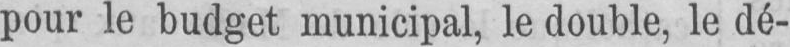
pour le budget municipal, le double, le dé-